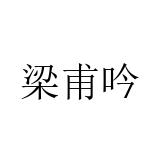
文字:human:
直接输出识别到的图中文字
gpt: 梁甫吟